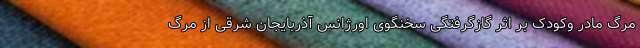
مرگ مادر وکودک بر اثر گازگرفتگی سخنگوی اورژانس آذربایجان شرقی از مرگ